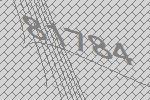
81784